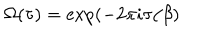
LaTeX: \Omega ( \tau ) = \exp ( - 2 \pi i \tau / \beta )